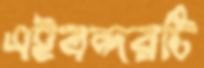
এইবন্দরটি